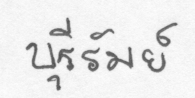
บุรีรัมย์